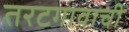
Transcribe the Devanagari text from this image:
तरटगावाची